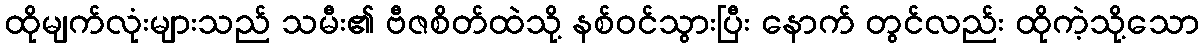
ထိုမျက်လုံးများသည် သမီး၏ ဗီဇစိတ်ထဲသို့ နစ်ဝင်သွားပြီး နောက် တွင်လည်း ထိုကဲ့သို့သော